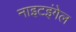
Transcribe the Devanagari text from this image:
नाइटइंगेल